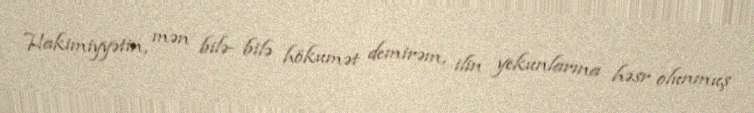
Hakimiyyətin, mən bilə- bilə hökumət demirəm, ilin yekunlarına həsr olunmuş